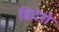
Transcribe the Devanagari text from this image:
बिदेशे